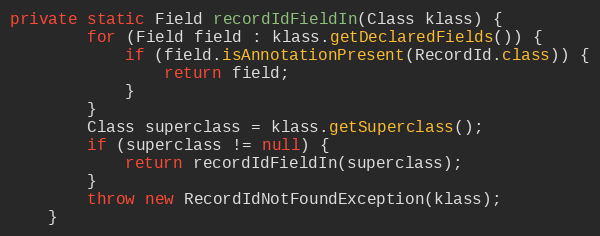
Language: Java
private static Field recordIdFieldIn(Class klass) {
        for (Field field : klass.getDeclaredFields()) {
            if (field.isAnnotationPresent(RecordId.class)) {
                return field;
            }
        }
        Class superclass = klass.getSuperclass();
        if (superclass != null) {
            return recordIdFieldIn(superclass);
        }
        throw new RecordIdNotFoundException(klass);
    }